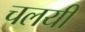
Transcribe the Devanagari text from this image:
चलयी